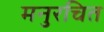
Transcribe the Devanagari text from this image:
मनुरचित